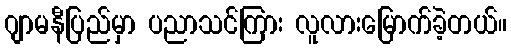
ဂျာမနီပြည်မှာ ပညာသင်ကြား လူလားမြောက်ခဲ့တယ်။